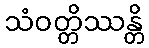
သံဝတ္တိဿန္တိ